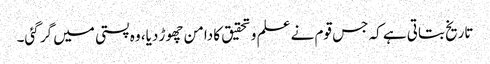
تاریخ بتاتی ہے کہ جس قوم نے علم و تحقیق کا دامن چھوڑ دیا، وہ پستی میں گر گئی۔